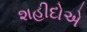
શહીદોએ